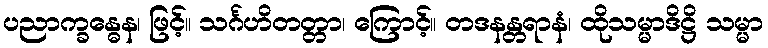
ပညာက္ခန္ဓေန၊ ဖြင့်။ သင်္ဂဟိတတ္တာ၊ ကြောင့်။ တဒနန္တရာနံ၊ ထိုသမ္မာဒိဋ္ဌိ သမ္မာ